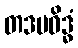
တဒပဝိဒ္ဓံ